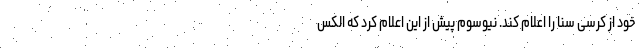
خود از کرسی سنا را اعلام کند. نیوسوم پیش از این اعلام کرد که الکس